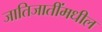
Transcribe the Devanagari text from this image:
जातिजातींमधील